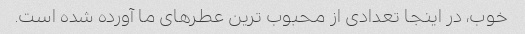
خوب، در اینجا تعدادی از محبوب ترین عطرهای ما آورده شده است.